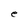
Character: e